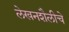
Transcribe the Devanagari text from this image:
लेखनशैलीचे